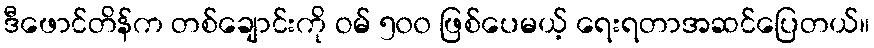
ဒီဖောင်တိန်က တစ်ချောင်းကို ဝမ် ၅၀၀ ဖြစ်ပေမယ့် ရေးရတာအဆင်ပြေတယ်။